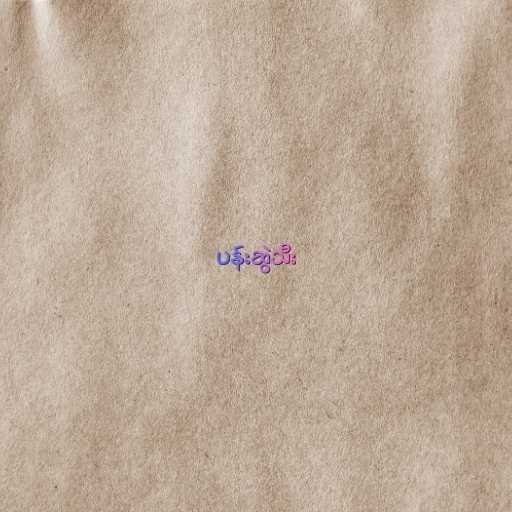
ပန်းဆွဲသီး